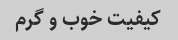
کیفیت خوب و گرم